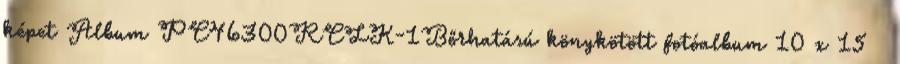
képet Album PC46300RCLK-1Bőrhatású könykötött fotóalbum 10 x 15